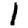
Digit: 1